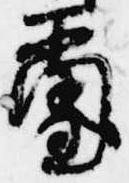
璽